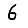
Digit: 6